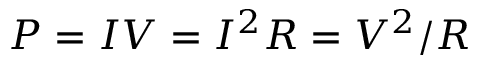
P = I V = I ^ { 2 } R = V ^ { 2 } / R